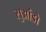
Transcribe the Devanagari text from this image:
सुआंडो